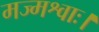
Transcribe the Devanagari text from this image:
मज्मश्वाः।